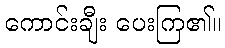
ကောင်းချီး ပေးကြ၏။